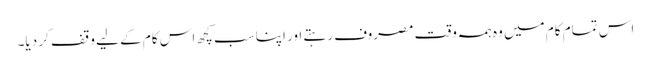
اس تمام کام میں وہ ہمہ وقت مصروف رہتے اور اپنا سب کچھ اس کام کے لیے وقف کر دیا۔